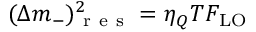
( \Delta m _ { - } ) _ { \mathrm { ~ r ~ e ~ s ~ } } ^ { 2 } = \eta _ { Q } T F _ { \mathrm { L O } }